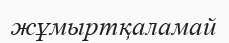
жұмыртқаламай